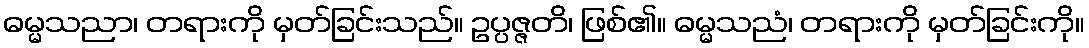
ဓမ္မသညာ၊ တရားကို မှတ်ခြင်းသည်။ ဥပ္ပဇ္ဇတိ၊ ဖြစ်၏။ ဓမ္မသညံ၊ တရားကို မှတ်ခြင်းကို။